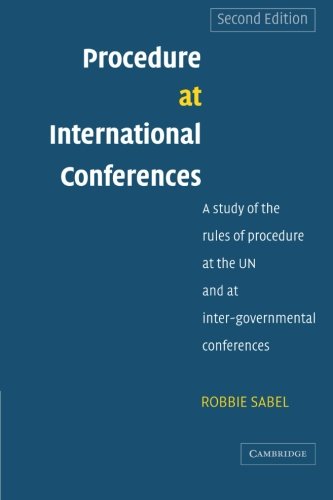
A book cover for Procedure at International Conferences: A Study of the Rules of Procedure at the UN and at Inter-governmental Conferences; Professor Robbie Sabel; Law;